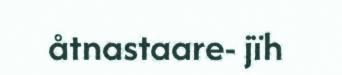
åtnastaare- jïh